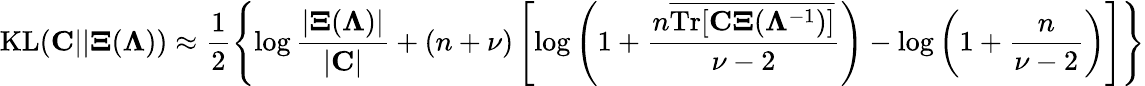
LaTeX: \mathrm{KL}({\mathbf C}||{\mathbf\Xi}({\mathbf\Lambda}))\approx\frac{1}{2}\left\{ \log\frac{|{\mathbf\Xi}({\mathbf\Lambda})|}{|{\mathbf C}|}+(n+\nu)\left[\log\left(1+\frac{n\overline{{\mathrm{Tr}[\mathbf{C\Xi}({\mathbf\Lambda}^{-1})]}}}{\nu-2}\right)-\log\left(1+\frac{n}{\nu-2}\right)\right]\right\}